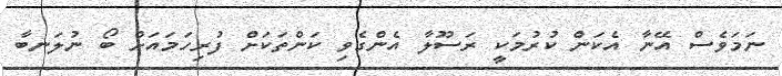
ނަމަވެސް އޭނާ އެކަން ކުރުމަކީ ރަސޫލާ އެންގެވި ކަންތަކަށް ފުރިހަމައަށް ބޯ ނުލަނބާ